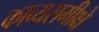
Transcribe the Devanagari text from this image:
काव्यसमीक्षे